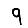
Digit: 9